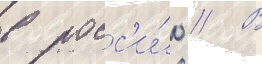
в росс'и́ю // В